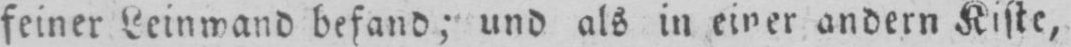
feiner Leinwand befand; und als in einer andern Kiste,